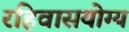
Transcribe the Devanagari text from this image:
रहिवासयोग्य